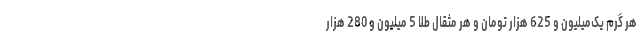
هر گرم یک‌میلیون و 625 هزار تومان و هر مثقال طلا 5 میلیون و 280 هزار